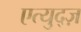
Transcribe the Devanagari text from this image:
एत्युद्ज़